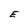
Character: E